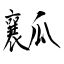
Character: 瓤